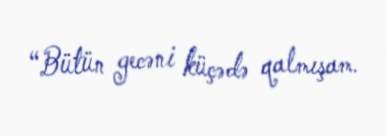
“Bütün gecəni küçədə qalmışam.